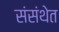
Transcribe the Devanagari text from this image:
संसंथेत